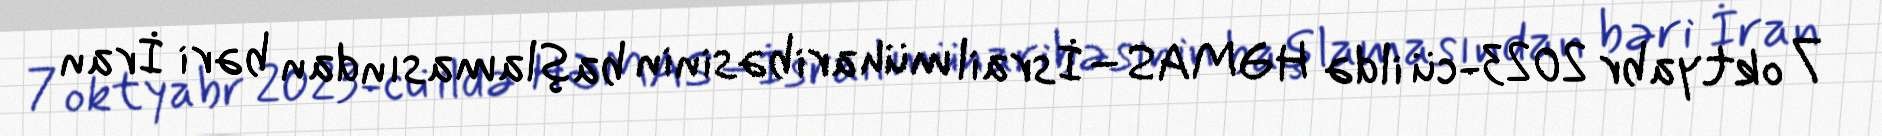
7 oktyabr 2023-cü ildə HƏMAS–İsrail müharibəsinin başlamasından bəri İran